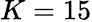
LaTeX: K=15